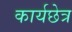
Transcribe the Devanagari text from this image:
कार्यछेत्र